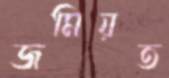
জমিয়ত